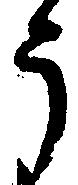
う